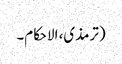
(ترمذی، الاحکام۔